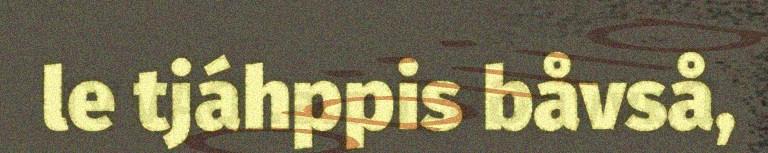
le tjáhppis båvså,